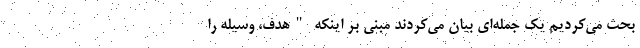
بحث می‌کردیم یک جمله‌ای بیان می‌کردند مبنی بر اینکه "هدف، وسیله را